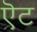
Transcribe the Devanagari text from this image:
ऎट